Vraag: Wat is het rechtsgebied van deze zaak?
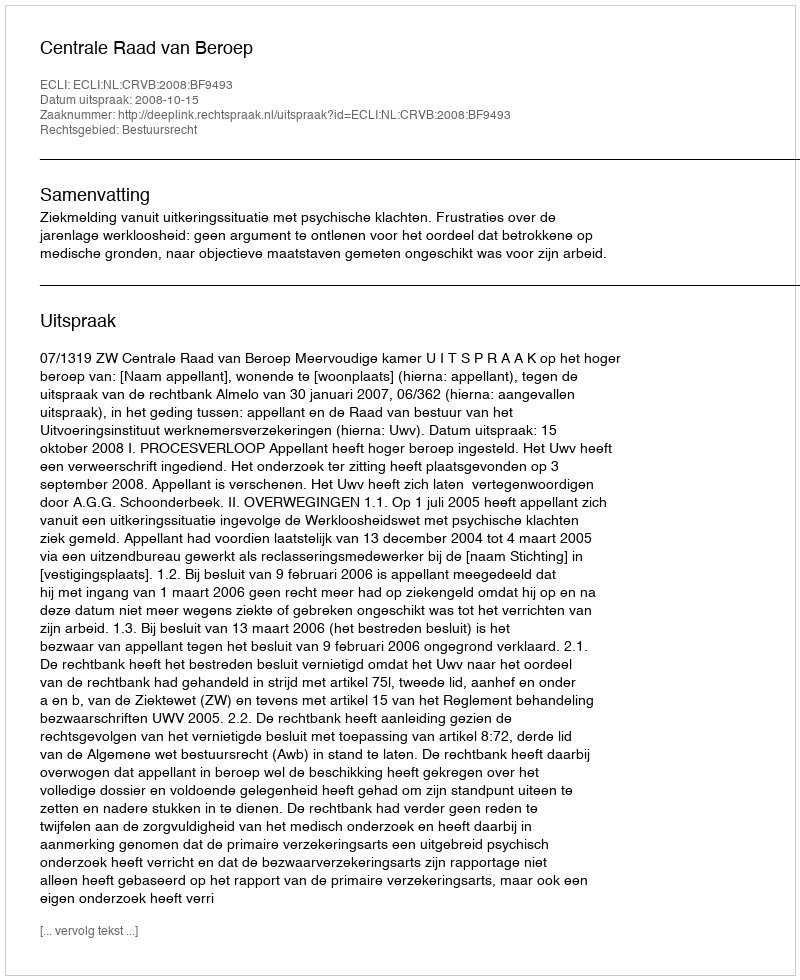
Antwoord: Bestuursrecht